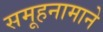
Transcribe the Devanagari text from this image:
समूहनामाने